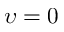
\upsilon = 0